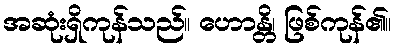
အဆုံးရှိကုန်သည်။ ဟောန္တိ၊ ဖြစ်ကုန်၏။